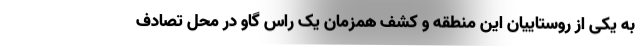
به یکی از روستاییان این منطقه و کشف همزمان یک راس گاو در محل تصادف